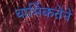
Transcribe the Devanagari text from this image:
धार्मिकतेने